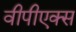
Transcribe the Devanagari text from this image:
वीपीएक्स